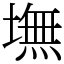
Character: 墲